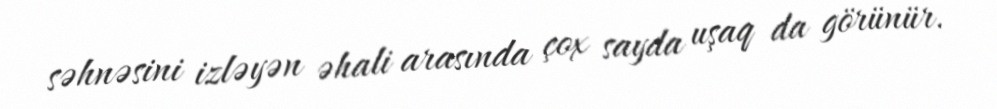
səhnəsini izləyən əhali arasında çox sayda uşaq da görünür.